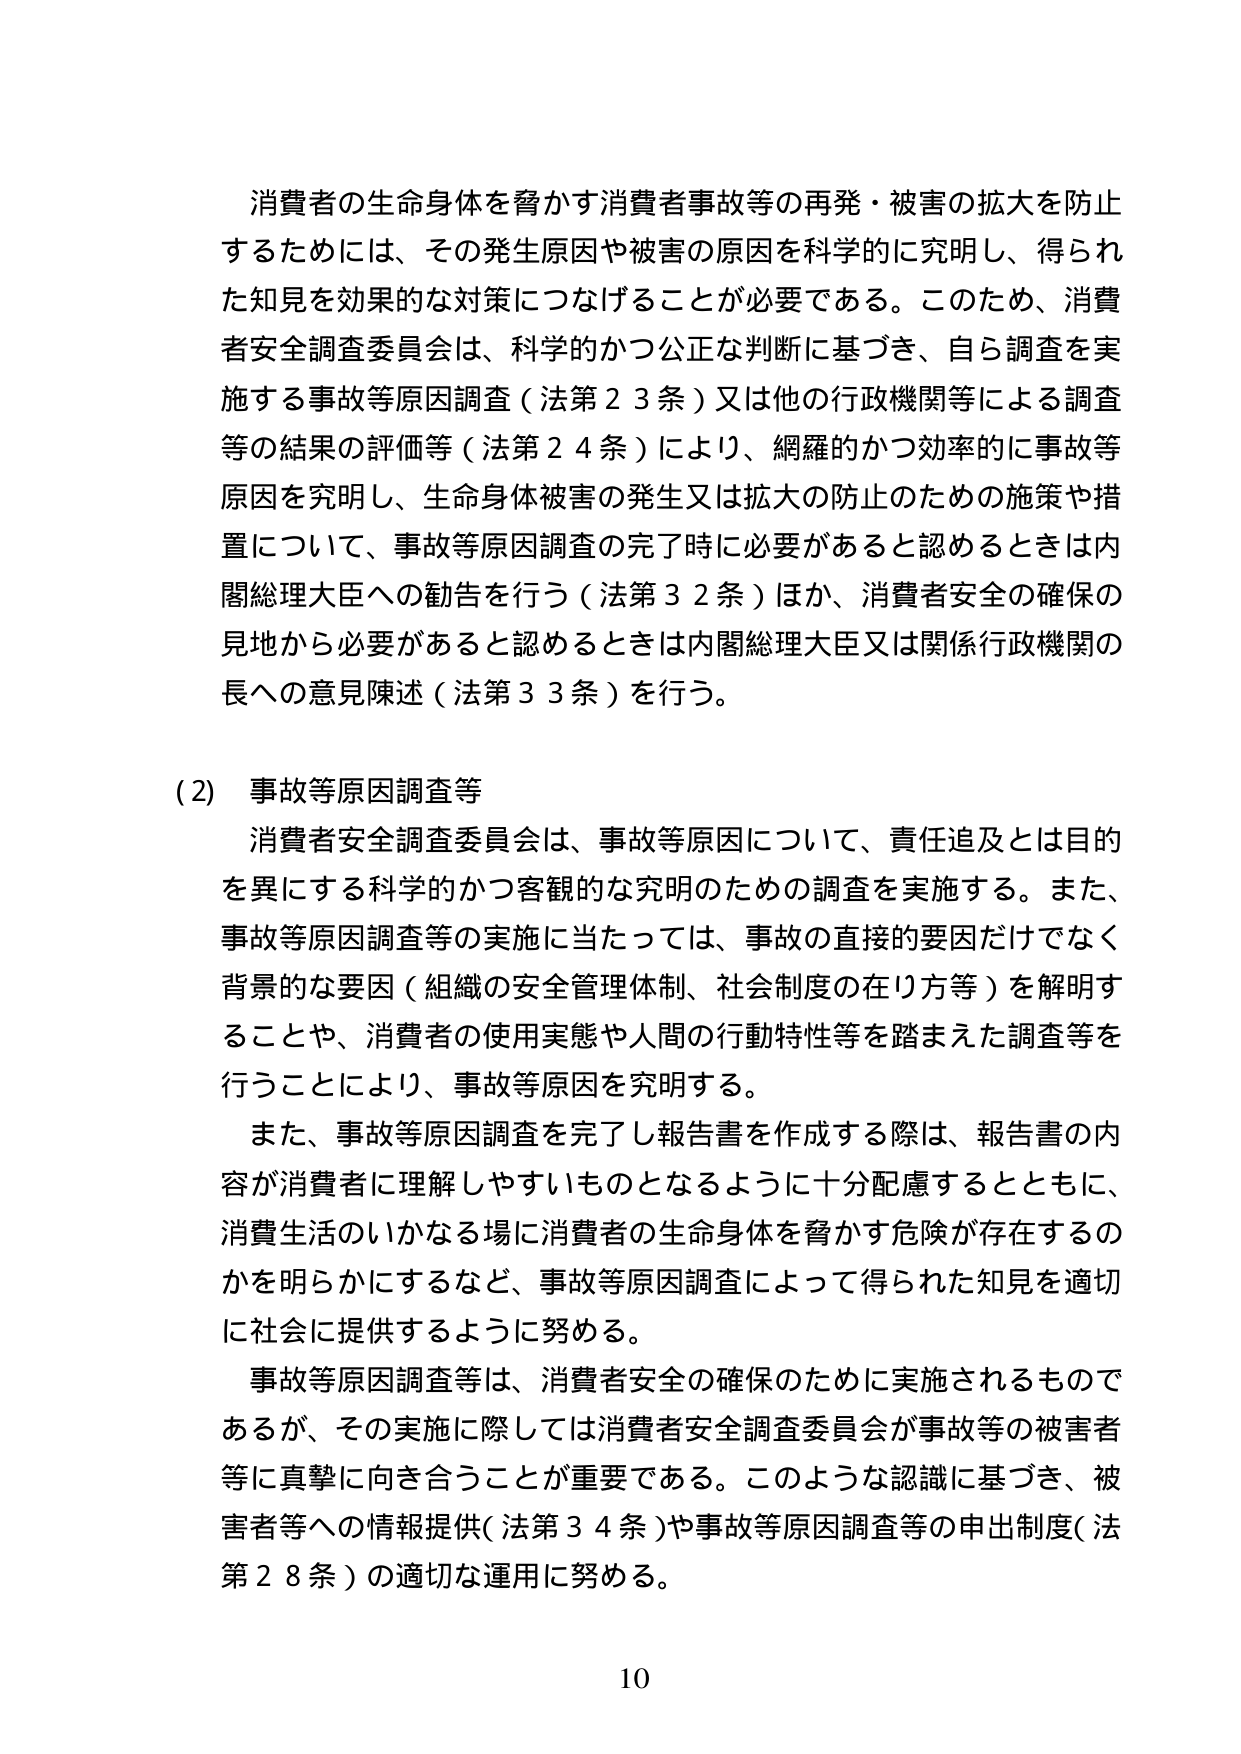
消費者の生命身体を脅かす消費者事故等の再発・被害の拡大を防止
するためには、その発生原因や被害の原因を科学的に究明し、得られ
た知見を効果的な対策につなげることが必要である。このため、消費
者安全調査委員会は、科学的かつ公正な判断に基づき、自ら調査を実
施する事故等原因調査（法第23条）又は他の行政機関等による調査
等の結果の評価等（法第24条）により、網羅的かつ効率的に事故等
原因を究明し、生命身体被害の発生又は拡大の防止のための施策や措
置について、事故等原因調査の完了時に必要があると認めるときは内
閣総理大臣への勧告を行う（法第32条）ほか、消費者安全の確保の
見地から必要があると認めるときは内閣総理大臣又は関係行政機関の
長への意見陳述（法第33条）を行う。

(2) 事故等原因調査等
消費者安全調査委員会は、事故等原因について、責任追及とは目的
を異にする科学的かつ客観的な究明のための調査を実施する。また、
事故等原因調査等の実施に当たっては、事故の直接的要因だけでなく
背景的な要因（組織の安全管理体制、社会制度の在り方等）を解明す
ることや、消費者の使用実態や人間の行動特性等を踏まえた調査等を
行うことにより、事故等原因を究明する。
また、事故等原因調査を完了し報告書を作成する際は、報告書の内
容が消費者に理解しやすいものとなるように十分配慮するとともに、
消費生活のいかなる場に消費者の生命身体を脅かす危険が存在するの
かを明らかにするなど、事故等原因調査によって得られた知見を適切
に社会に提供するように努める。
事故等原因調査等は、消費者安全の確保のために実施されるもので
あるが、その実施に際しては消費者安全調査委員会が事故等の被害者
等に真摯に向き合うことが重要である。このような認識に基づき、被
害者等への情報提供（法第34条）や事故等原因調査等の申出制度（法
第28条）の適切な運用に努める。

10